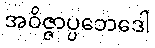
အဝိဇ္ဇာပ္ပဘေဒေါ